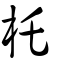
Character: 杔